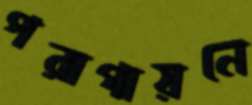
পরাগায়নে